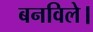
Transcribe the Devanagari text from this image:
बनविले।